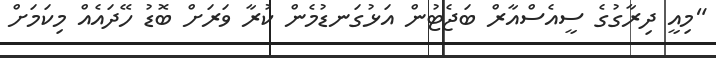
"މިއީ ދިރާގުގެ ސީއެސްއާރް ބަޖެޓުން އަޅުގަނޑުމެން ކުރާ ވަރަށް ބޮޑު ހޭދައެއް މިކަމަށް